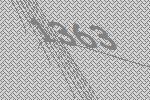
1363